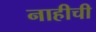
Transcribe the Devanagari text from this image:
नाहीची